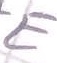
Text: +E